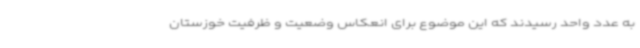
به عدد واحد رسیدند که این موضوع برای انعکاس وضعیت و ظرفیت خوزستان